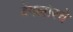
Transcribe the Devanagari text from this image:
बेंगलोरचे